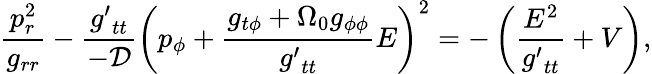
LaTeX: \frac{p_{r}^{2}}{g_{rr}}-\frac{{g^{\prime}}_{tt}}{-\cal D}\left(p_{\phi}+\frac{g_{t\phi}+\Omega_{0}g_{\phi\phi}}{{g^{\prime}}_{tt}}E\right)^{2}=-\left(\frac{E^{2}}{{g^{\prime}}_{tt}}+V\right),